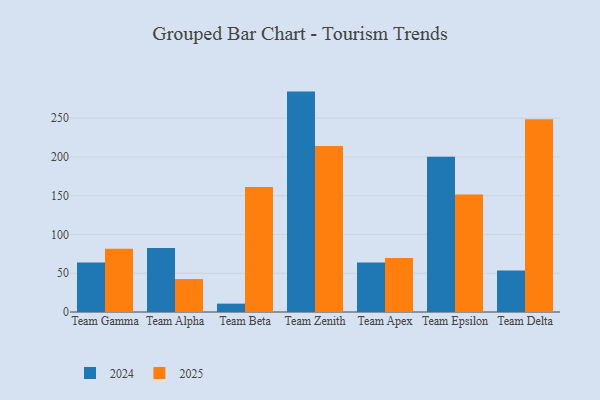
{"axis": {"x": "Team", "y": "Tickets Resolved"}, "legend": ["2024", "2025"], "data": [{"x": "Team Gamma", "y": 81.7, "type": "2025"}, {"x": "Team Gamma", "y": 63.7, "type": "2024"}, {"x": "Team Alpha", "y": 42.5, "type": "2025"}, {"x": "Team Alpha", "y": 82.5, "type": "2024"}, {"x": "Team Beta", "y": 161.2, "type": "2025"}, {"x": "Team Beta", "y": 10.8, "type": "2024"}, {"x": "Team Zenith", "y": 214.2, "type": "2025"}, {"x": "Team Zenith", "y": 284.3, "type": "2024"}, {"x": "Team Apex", "y": 69.5, "type": "2025"}, {"x": "Team Apex", "y": 64.0, "type": "2024"}, {"x": "Team Epsilon", "y": 151.5, "type": "2025"}, {"x": "Team Epsilon", "y": 200.3, "type": "2024"}, {"x": "Team Delta", "y": 248.5, "type": "2025"}, {"x": "Team Delta", "y": 53.4, "type": "2024"}]}